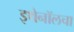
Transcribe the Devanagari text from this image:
इथेनॉलचा